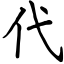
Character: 代